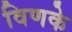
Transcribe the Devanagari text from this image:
विणके